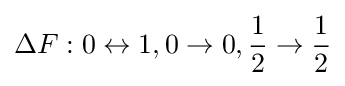
\Delta F:0\leftrightarrow 1,0\to 0,{\frac {1}{2}}\to {\frac {1}{2}}